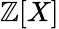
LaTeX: \mathbb{Z}[X]